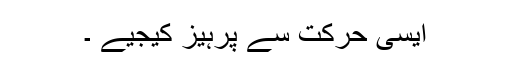
ایسی حرکت سے پرہیز کیجیے ۔